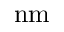
\mathrm { n m }